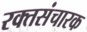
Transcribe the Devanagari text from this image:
रक्तसंचारक